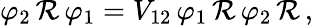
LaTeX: \varphi_{2}\, \mathcal{R}\, \varphi_{1}=V_{12}\, \varphi_{1}\, \mathcal{R}\, \varphi_{2}\, \mathcal{R}\, ,